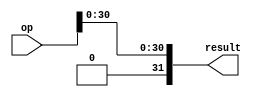
module fabs(
    input wire [31:0] op,
    output wire [31:0] result
);

assign result[31] = 1'b0;
assign result[30:0] = op[30:0];

endmodule